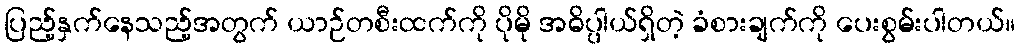
ပြည့်နှက်နေသည့်အတွက် ယာဉ်တစီးထက်ကို ပိုမို အဓိပ္ပါယ်ရှိတဲ့ ခံစားချက်ကို ပေးစွမ်းပါတယ်။